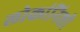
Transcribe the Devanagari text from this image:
लोकांनिशी